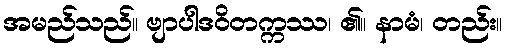
အမည်သည်။ ဗျာပါဒဝိတက္ကဿ၊ ၏။ နာမံ၊ တည်း။